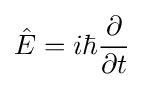
{\hat {E}}=i\hbar {\frac {\partial }{\partial t}}\,\!